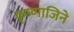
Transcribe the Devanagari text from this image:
कृष्णाजिने